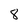
Character: 8